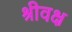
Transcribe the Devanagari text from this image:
श्रीवक्ष